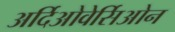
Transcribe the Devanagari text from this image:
अर्दिओवेर्सिओन